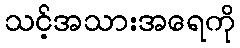
သင့်အသားအရေကို